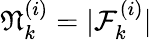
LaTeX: \mathfrak{N}_{k}^{(i)}=|\mathcal{F}_{k}^{(i)}|